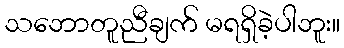
သဘောတူညီချက် မရရှိခဲ့ပါဘူး။